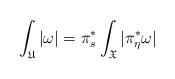
LaTeX: \begin{align*}\int_{\mathfrak U}|\omega|= \pi^*_s\int_{\mathfrak X}|\pi_{\eta}^*\omega| \end{align*}